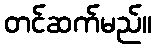
တင်ဆက်မည်။